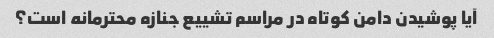
آیا پوشیدن دامن کوتاه در مراسم تشییع جنازه محترمانه است؟